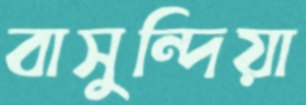
বাসুন্দিয়া